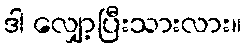
ဒါ လျှော့ပြီးသားလား။